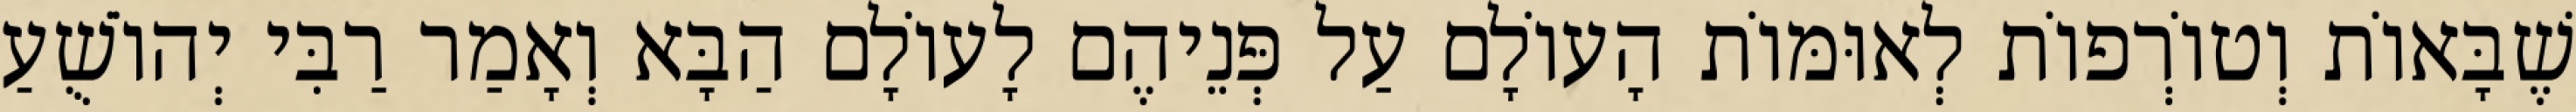
שֶׁבָּאוֹת וְטוֹרְפוֹת לְאוּמּוֹת הָעוֹלָם עַל פְּנֵיהֶם לָעוֹלָם הַבָּא וְאָמַר רַבִּי יְהוֹשֻׁעַ